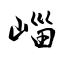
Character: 崰